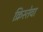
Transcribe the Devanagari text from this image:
क्रिस्तेवा